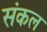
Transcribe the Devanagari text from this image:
संकल